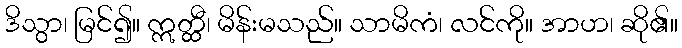
ဒိသွာ၊ မြင်၍။ ဣတ္ထီ၊ မိန်းမသည်။ သာမိကံ၊ လင်ကို။ အာဟ၊ ဆို၏။